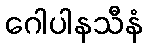
ဂေါပါနသီနံ